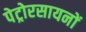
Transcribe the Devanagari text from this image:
पेट्रोरसायनों